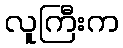
လူကြီးက